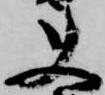
使